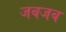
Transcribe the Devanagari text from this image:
जबजब